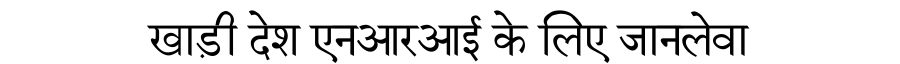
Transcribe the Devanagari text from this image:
खाड़ी देश एनआरआई के लिए जानलेवा